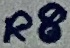
Text: R8